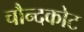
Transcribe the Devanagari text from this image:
चौन्दकोट